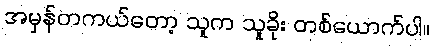
အမှန်တကယ်တော့ သူက သူခိုး တစ်ယောက်ပါ။